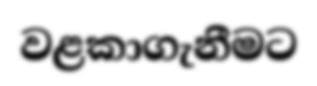
වළකාගැනීමට